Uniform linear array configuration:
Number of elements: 32
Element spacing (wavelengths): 1
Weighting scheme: hamming
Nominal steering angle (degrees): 30
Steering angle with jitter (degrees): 31.643
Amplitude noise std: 0.05
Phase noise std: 0.05

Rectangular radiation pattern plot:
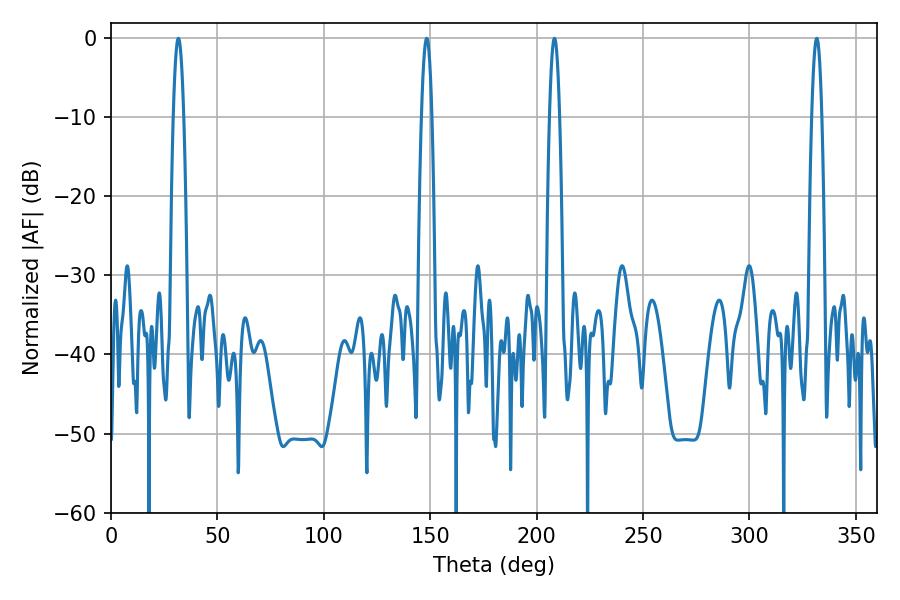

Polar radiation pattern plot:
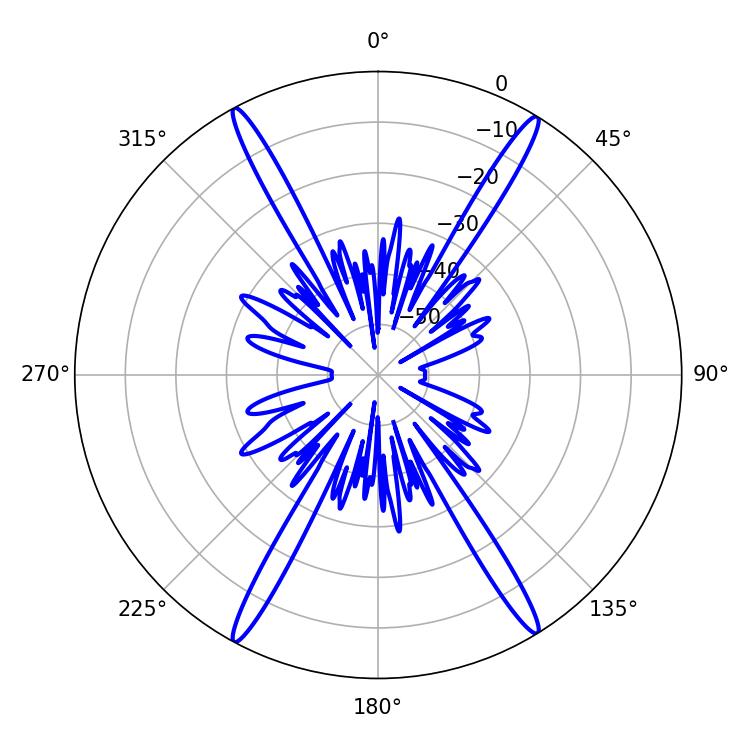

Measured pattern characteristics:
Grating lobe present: TRUE
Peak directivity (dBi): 24.877
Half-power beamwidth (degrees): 2.52
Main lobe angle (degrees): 148.32